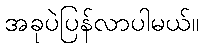
အခုပဲပြန်လာပါမယ်။